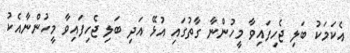
އެކަމަކު ބަލި ޖެހިފައިވާ މީހުންނާ ގާތުގައި އުޅޭ އަދި ބަލި ޖެހިފައިވާ މީހުންނާއެކު